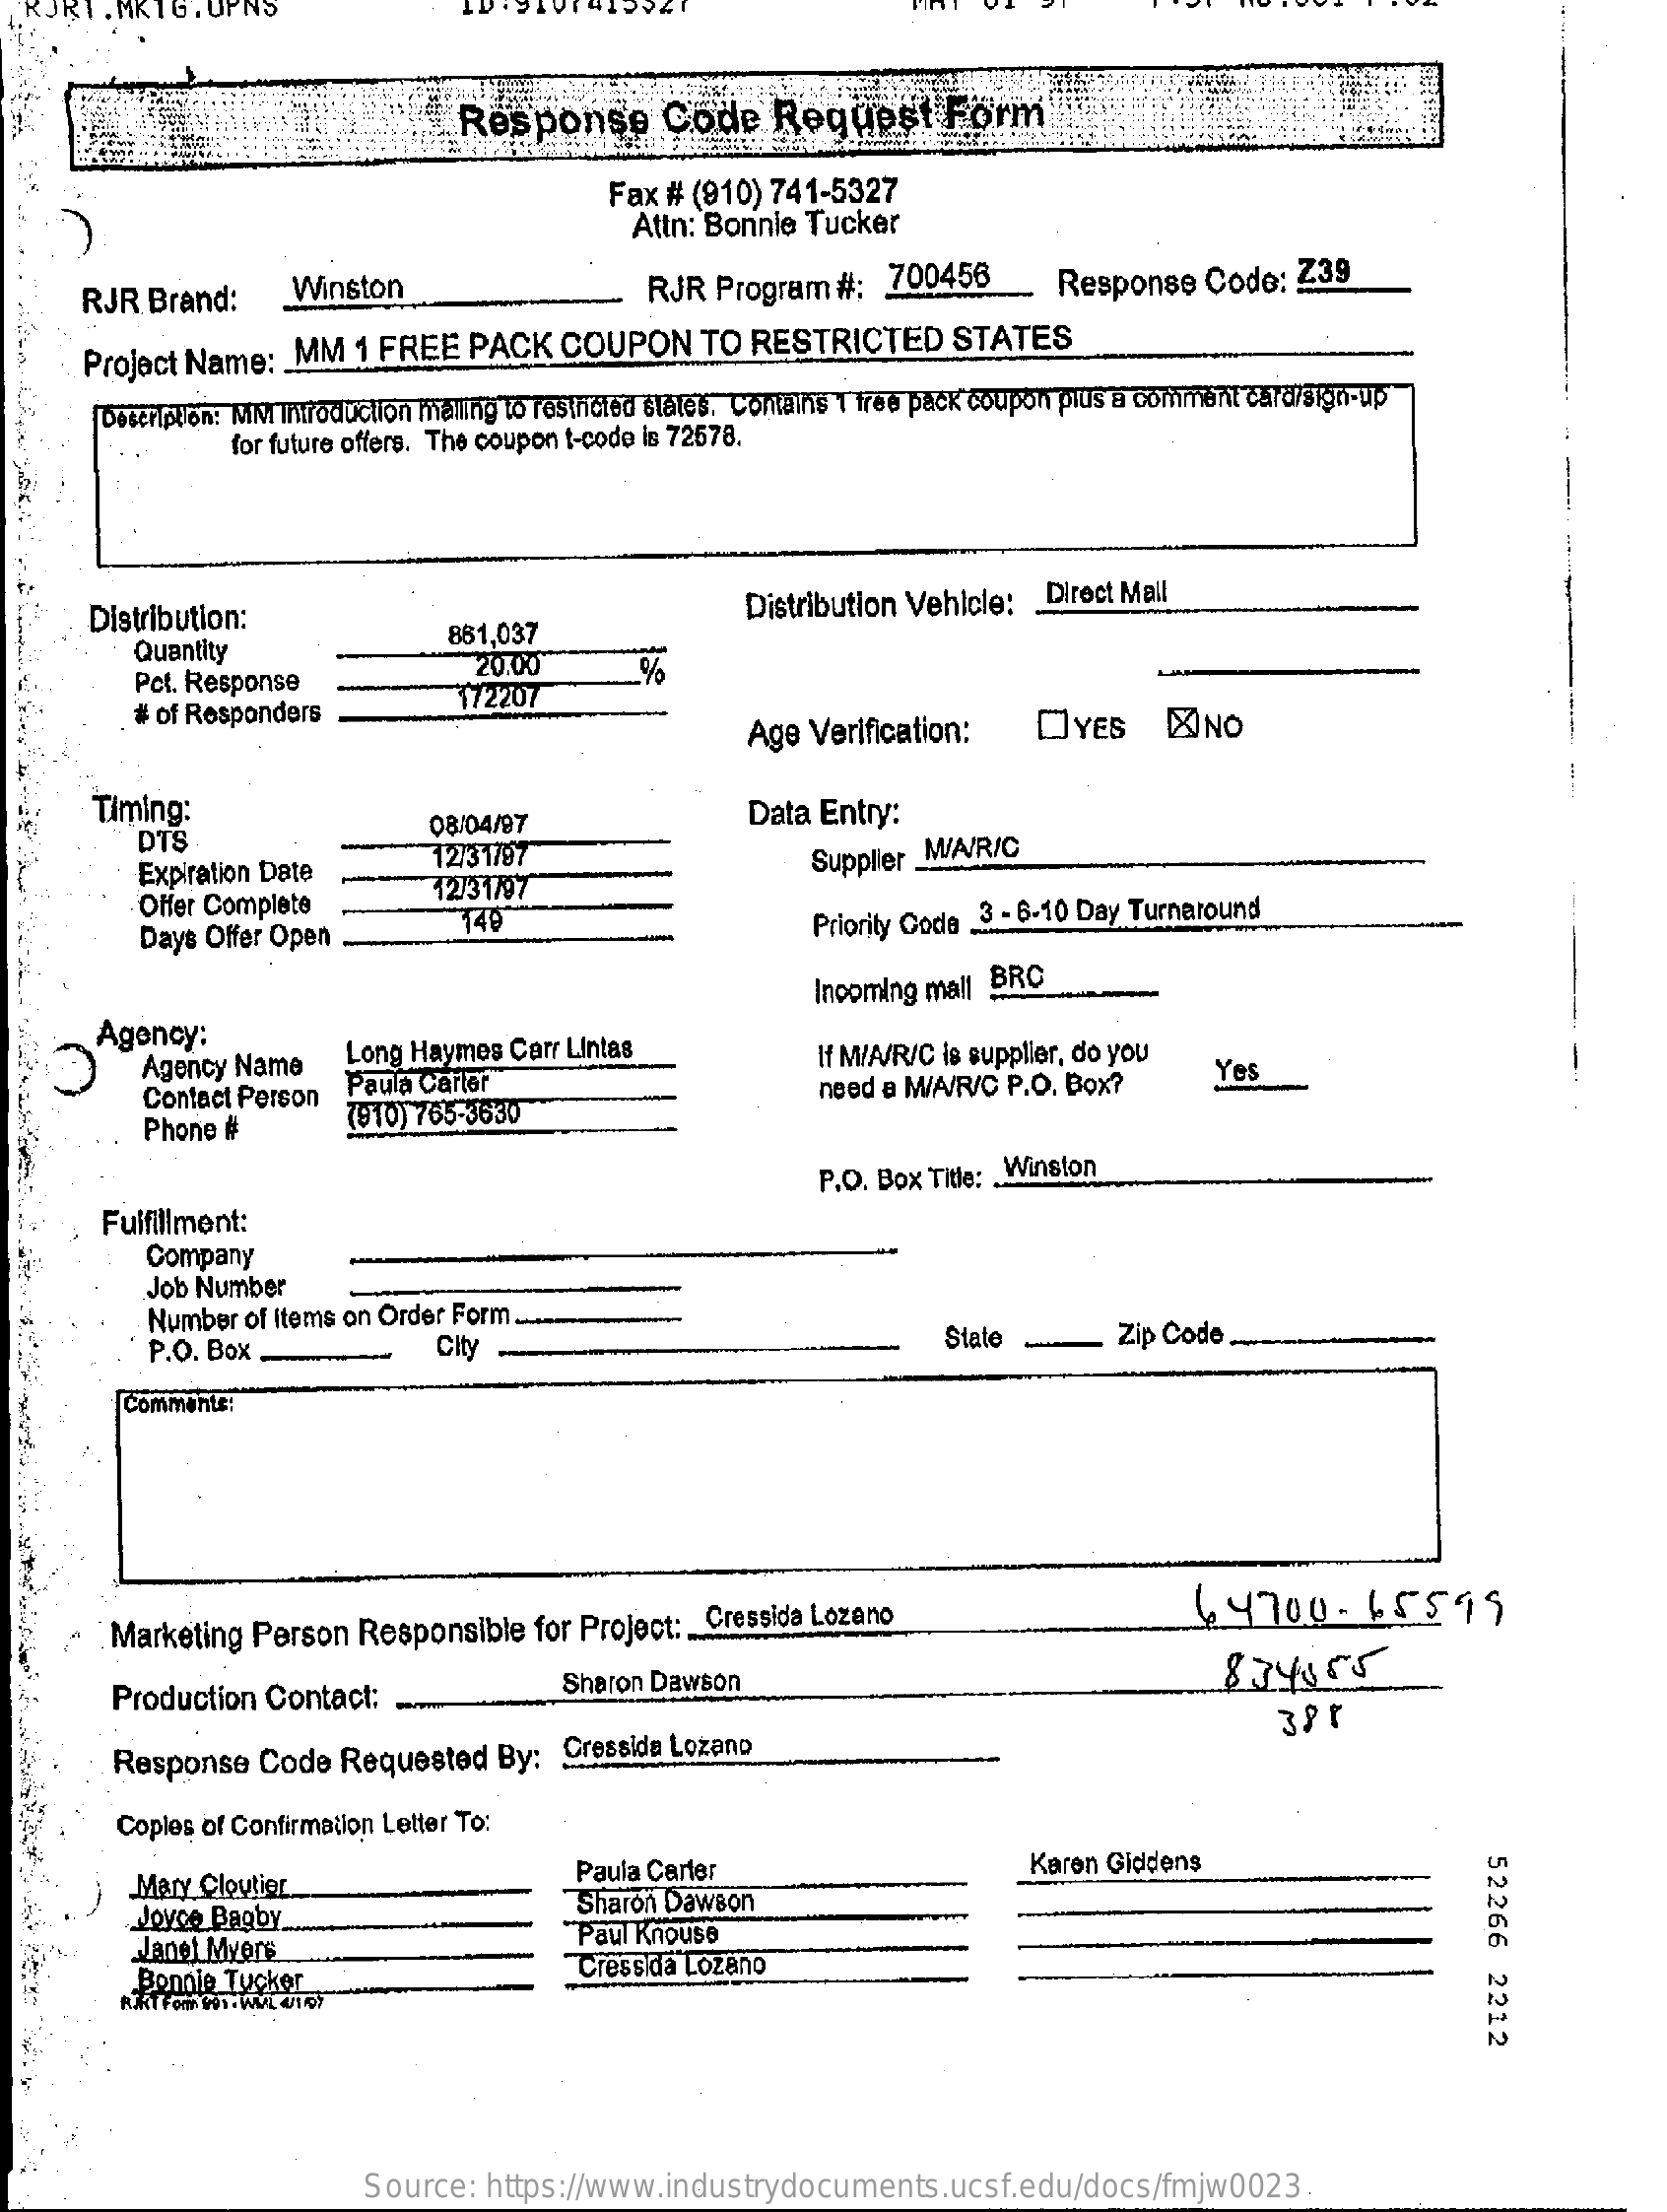
Response    Code    Request    Form
     Fax # (910) 741-5327
     Attn: Bonnie Tucker
     RJR  Brand:    Winston    RJR  Program  #:  700456    Response   Code:   Z39
     Project Name:   _ MM 1 FREE   PACK   COUPON    TO RESTRICTED    STATES
     Description: MMI Introduction mailing to resincted states. Contains | free pack coupon plus a comment card/sign-up
     for future offers. The coupon t-code is 72578.
     Distribution:    Distribution Vehicle:  Direct Mail
     Quantity
     861,037
     Pct. Response
     20.00
     # of Responders
     172207
     %
     Age Verification:    OYES    MNO
     Timing:
     DTS
     08/04/97    Data  Entry:
     Expiration Date    12/31797    Supplier MIA/R/C
     Offer Complete    12/31/97
     Days Offer Open
     140    Priority Code .3. de 3 - 6-10 Day Turnaround
     Incoming mall BRC
     Agency:
     Agency Name    Long Haymes Carr Lintas
     Paula Carter
     If MIA/R/C is supplier, do you
     Contact Person
     (910) 765-3630
     need a M/A/R/C P.O. Box?    Yes
     Phone #
     Fulfillment:
     P.O. Box Title: Winston
     Company
     Job Number
     Number  of Items on Order Form .....
     P.O. Box .    City    State    Zip Code.
     Comments:
     : Marketing Person  Responsible   for Project: _ Cressida Lozano    44700    - 65599
     Production Contact:    Sharon Dawson    834855
     Response   Code  Requested   By:  Cressida Lozano
     38r
     Copies of Confirmation Letter To:
     Mary Cloutier
     Paula Carter    Karen Giddens
     52266
     2212
     Joyce Bagby
     Sharon Dawson
     Janel Myers
     Paul Knouse
     Bonnie Tucker    Cressida Lozano
     Source:  https://www.industrydocuments.ucsf.edu/docs/fmjw0023